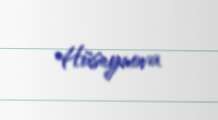
Hüseynova